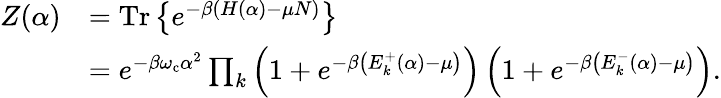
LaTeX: \begin{array}{rl}{Z(\alpha)}&{=\mathrm{Tr}\left\{ e^{-\beta\left(H(\alpha)-\mu N\right)}\right\} }\\ &{=e^{-\beta\omega_{\mathrm{c}}\alpha^{2}}\prod_{k}\left(1+e^{-\beta\left(E_{k}^{+}(\alpha)-\mu\right)}\right)\left(1+e^{-\beta\left(E_{k}^{-}(\alpha)-\mu\right)}\right).}\end{array}